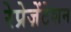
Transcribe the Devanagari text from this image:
रेप्रेज़ेंटेशन